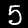
Digit: 5